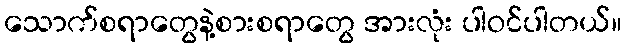
သောက်စရာတွေနဲ့စားစရာတွေ အားလုံး ပါဝင်ပါတယ်။